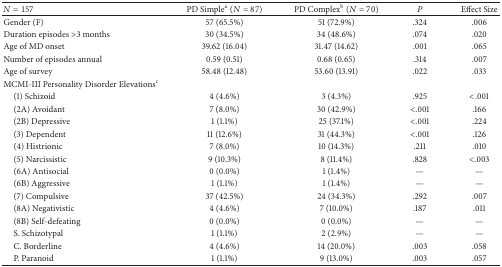
<table><thead><tr><td><b><i>N</i> = 157</b></td><td><b>PD Simple<sup>a</sup> (<i>N</i> = 87) </b></td><td><b>PD Complex<sup>b</sup> (<i>N</i> = 70)</b></td><td><b><i>P</i></b></td><td><b>Effect Size</b></td></tr></thead><tbody><tr><td>Gender (F)</td><td>57 (65.5%)</td><td>51 (72.9%)</td><td>.324</td><td>.006</td></tr><tr><td>Duration episodes &gt;3 months</td><td>30 (34.5%)</td><td>34 (48.6%)</td><td>.074</td><td>.020</td></tr><tr><td>Age of MD onset</td><td>39.62 (16.04)</td><td>31.47 (14.62)</td><td>.001</td><td>.065</td></tr><tr><td>Number of episodes annual</td><td>0.59 (0.51)</td><td>0.68 (0.65)</td><td>.314</td><td>.007</td></tr><tr><td>Age of survey</td><td>58.48 (12.48) </td><td>53.60 (13.91)</td><td>.022</td><td>.033</td></tr><tr><td>MCMI-III Personality Disorder Elevations<sup>c</sup></td><td> </td><td> </td><td> </td><td> </td></tr><tr><td> (1) Schizoid</td><td>4 (4.6%)</td><td>3 (4.3%)</td><td>.925</td><td>&lt;.001</td></tr><tr><td> (2A) Avoidant </td><td>7 (8.0%)</td><td>30 (42.9%)</td><td>&lt;.001</td><td>.166</td></tr><tr><td> (2B) Depressive </td><td>1 (1.1%)</td><td>25 (37.1%)</td><td>&lt;.001</td><td>.224</td></tr><tr><td> (3) Dependent </td><td>11 (12.6%)</td><td>31 (44.3%)</td><td>&lt;.001</td><td>.126</td></tr><tr><td> (4) Histrionic</td><td>7 (8.0%)</td><td>10 (14.3%)</td><td>.211</td><td>.010</td></tr><tr><td> (5) Narcissistic</td><td>9 (10.3%)</td><td>8 (11.4%)</td><td>.828</td><td>&lt;.003</td></tr><tr><td> (6A) Antisocial</td><td>0 (0.0%)</td><td>1 (1.4%)</td><td>—</td><td>—</td></tr><tr><td> (6B) Aggressive </td><td>1 (1.1%)</td><td>1 (1.4%)</td><td>—</td><td>—</td></tr><tr><td> (7) Compulsive</td><td>37 (42.5%)</td><td>24 (34.3%)</td><td>.292</td><td>.007</td></tr><tr><td> (8A) Negativistic </td><td>4 (4.6%)</td><td>7 (10.0%)</td><td>.187</td><td>.011</td></tr><tr><td> (8B) Self-defeating</td><td>0 (0.0%)</td><td>0 (0.0%)</td><td>—</td><td>—</td></tr><tr><td> S. Schizotypal</td><td>1 (1.1%)</td><td>2 (2.9%)</td><td>—</td><td>—</td></tr><tr><td> C. Borderline</td><td>4 (4.6%)</td><td>14 (20.0%)</td><td>.003</td><td>.058</td></tr><tr><td> P. Paranoid</td><td>1 (1.1%)</td><td>9 (13.0%)</td><td>.003</td><td>.057</td></tr></tbody></table>